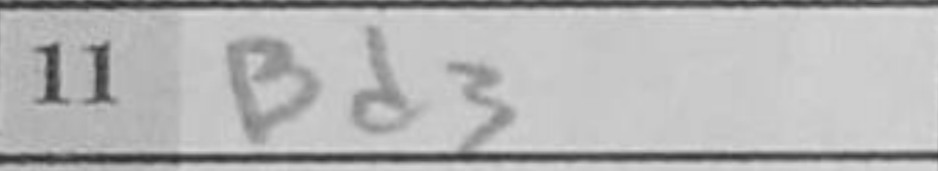
Transcription: Bd3